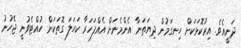
ދަނީއެވެ. އިރުކޮޅަކަށް ހިނގަމުން ދިޔަތަނާ އެންމެނަށް އެއްފަހަރާ ކަހަލަ ގޮތަކަށް ހުއްޓެވުނީ ޖެހުނު